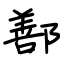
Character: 鄯